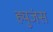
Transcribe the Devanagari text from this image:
ह्युजंस